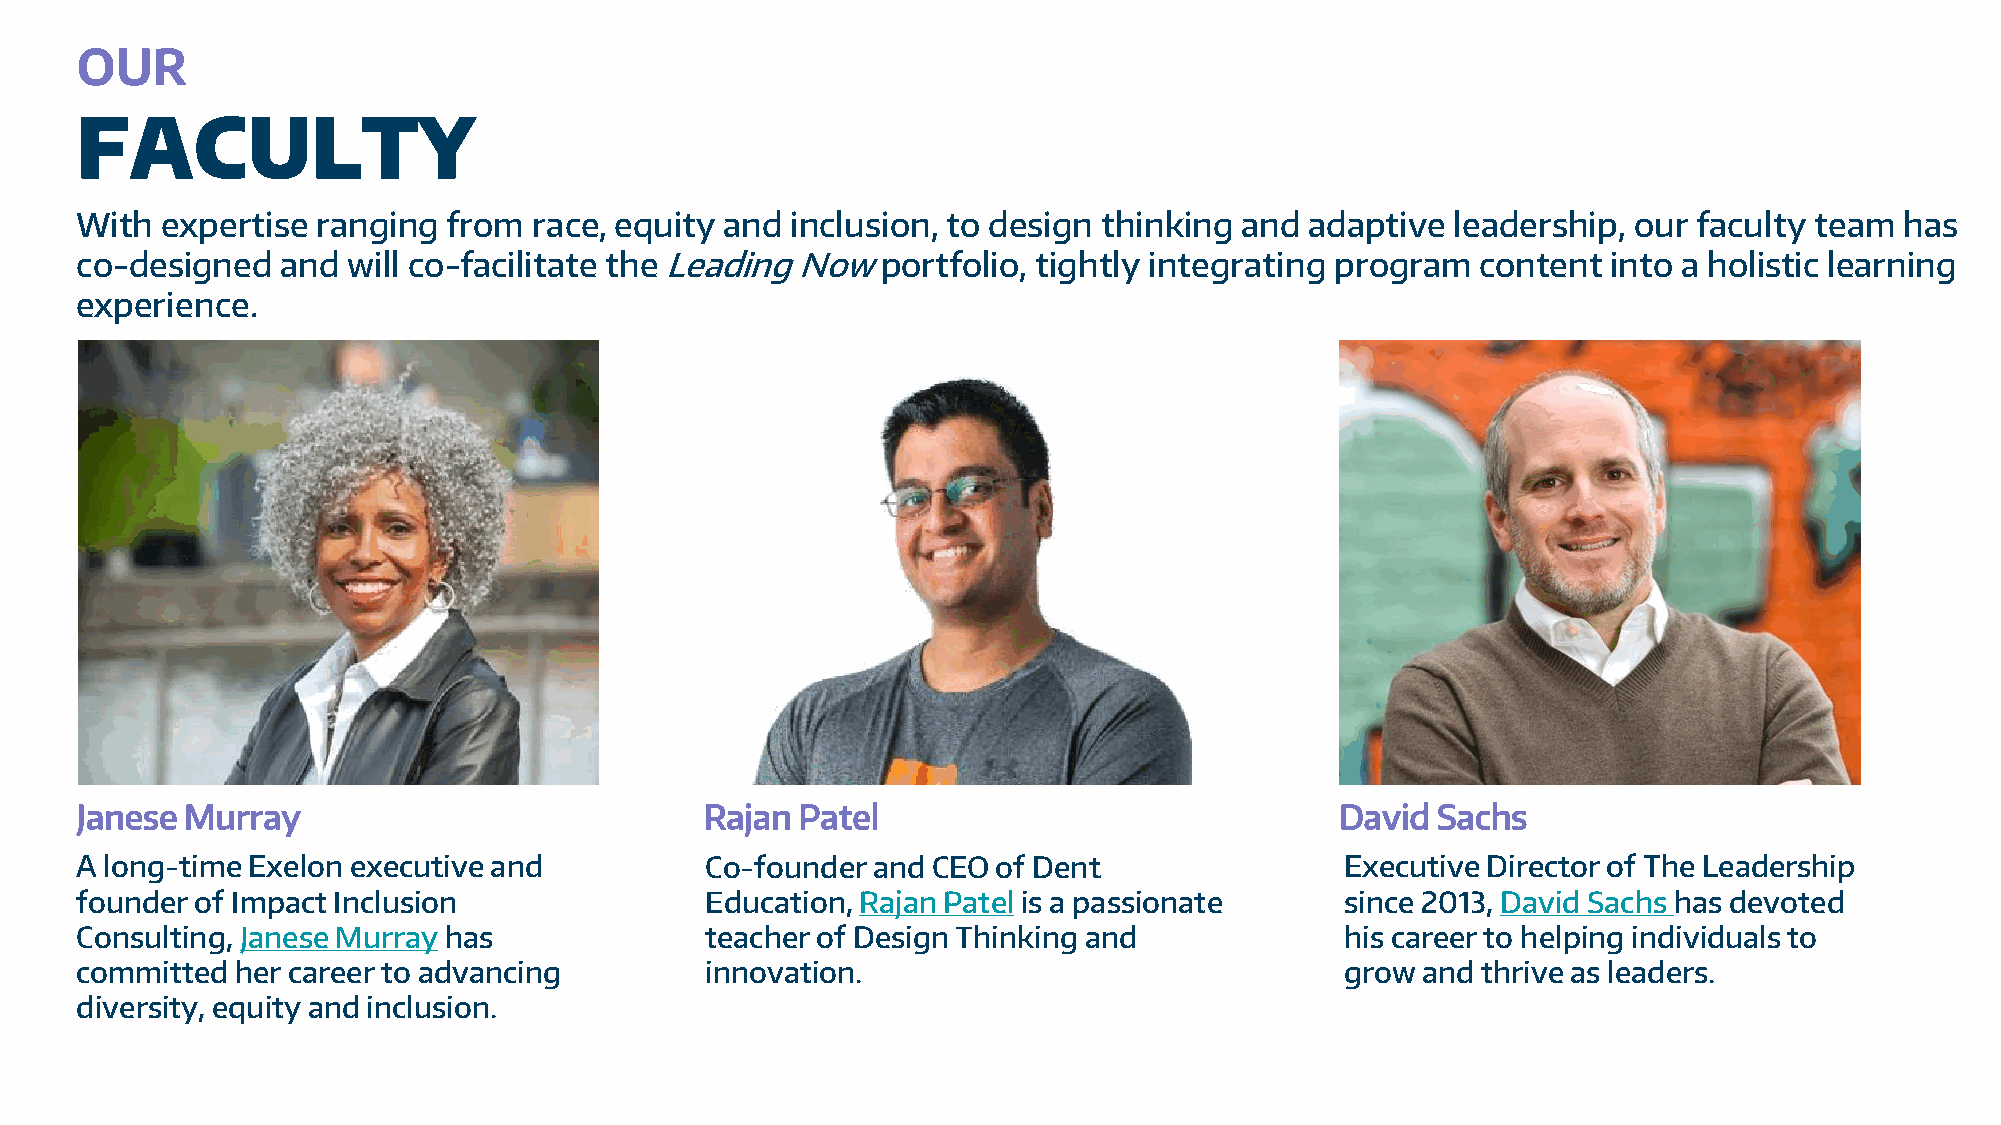
OUR
 FACULTY
 With  expertise ranging  from race, equity and inclusion, to design thinking and  adaptive leadership, our faculty team  has
 co-designed   and will co-facilitate the Leading Now portfolio, tightly integrating program  content  into a holistic learning
 experience.
 Janese Murray                             Rajan Patel                               David Sachs
 A long-time Exelon executive and          Co-founder and CEO of Dent                Executive Director of The Leadership
 founder of Impact Inclusion               Education, RajanPatel is a passionate     since 2013, David Sachs has devoted
 Consulting, JaneseMurray has              teacher of Design Thinking and            his career to helping individuals to
 committed  her career to advancing        innovation.                               grow and thrive as leaders.
 diversity, equity and inclusion.